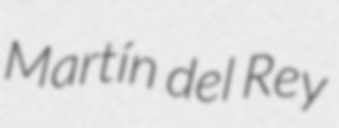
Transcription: Martín del Rey